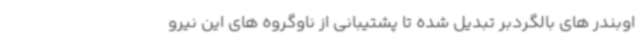
اوبندر های بالگردبر تبدیل شده تا پشتیبانی از ناوگروه های این نیرو